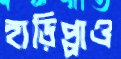
হাড়িপ্পাও